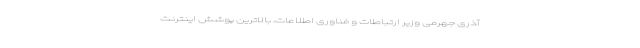
آذری جهرمی وزیر ارتباطات و فناوری اطلاعات، بالاترین پوشش اینترنت